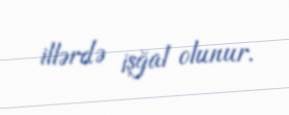
illərdə işğal olunur.